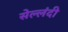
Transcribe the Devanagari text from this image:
सेल्लंदी